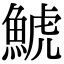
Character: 鯱